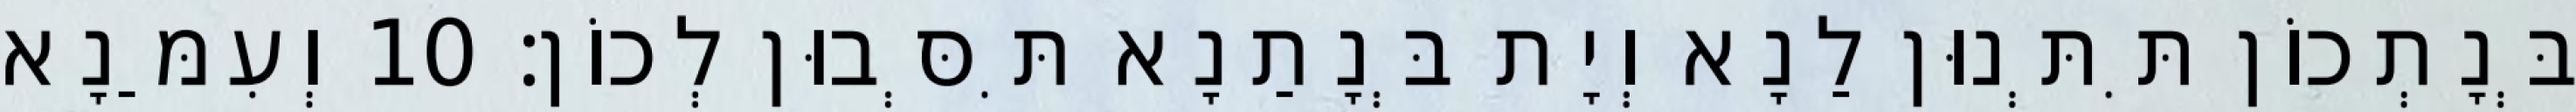
בְּנָתְכוֹן תִּתְּנוּן לַנָא וְיָת בְּנָתַנָא תִּסְּבוּן לְכוֹן׃ 10 וְעִמַּנָא